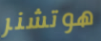
هوتشنر